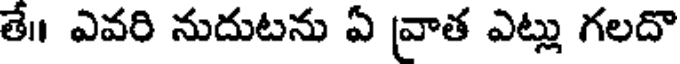
తే॥ ఎవరి నుదుటను ఏ వ్రాత ఎట్లు గలదొ